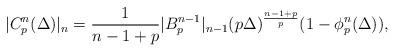
LaTeX: \begin{align*}|C_p^n(\Delta)|_n=\frac{1}{n-1+p}|B_p^{n-1}|_{n-1}(p\Delta)^{\frac{n-1+p}{p}}(1-\phi_p^n(\Delta)), \end{align*}